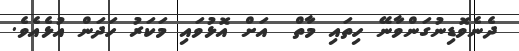
ދެނެވޮޑިނުގަންވާނޭ ހިތައި މާތް  އަށް އޮޅުވައި މަކަރު ހަދަން އުޅެއެވެ.